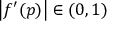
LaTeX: \left| f ^ { \prime } ( p ) \right| \in ( 0 , 1 )